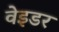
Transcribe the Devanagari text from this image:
वेइडर